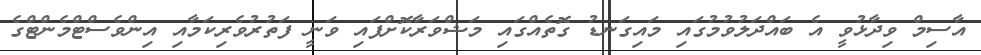
އާސިމް ވިދާޅުވީ އެ ބައްދަލުވުމުގައި މައިގަނޑު ގޮތެއްގައި މަޝްވަރާކޮށްފައި ވަނީ ފަތުރުވެރިކަމާއި އިންވެސްޓްމެންޓްގެ